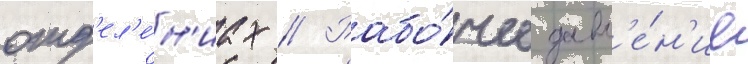
отд'ел'е́н'иах // Рабо́чее давл'е́н'ие